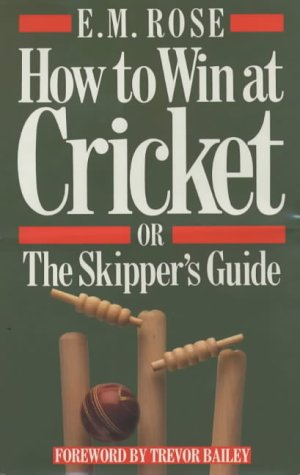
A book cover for How to Win at Cricket: Or, The Skipper's Guide; E.M. Rose; Sports & Outdoors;